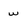
Character: w